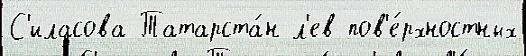
С'иласова Татарста́н л'ев пов'е́рхностных